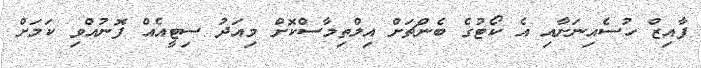
ފާއިޒް ހުސެއިނަށާއި އެ ކޯޓުގެ ބެންޗަށް އިލްތިމާސްކޮށް މިއަދު ސިޓީއެއް ފޮނުއްވި ކަމަށް